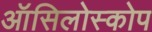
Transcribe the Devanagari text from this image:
ऑसिलोस्कोप